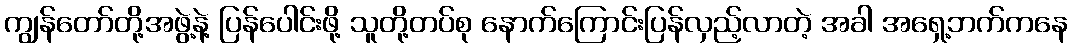
ကျွန်တော်တို့အဖွဲ့နဲ့ ပြန်ပေါင်းဖို့ သူတို့တပ်စု နောက်ကြောင်းပြန်လှည့်လာတဲ့ အခါ အရှေ့ဘက်ကနေ